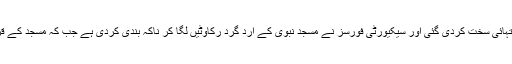
دھماکے کے بعد مدینہ منورہ میں سیکیورٹی انتہائی سخت کردی گئی اور سیکیورٹی فورسز نے مسجد نبوی کے ارد گرد رکاوٹیں لگا کر ناکہ بندی کردی ہے جب کہ مسجد کے قریب اسنیپ چیکنگ بھی شروع کردی گئی ہے۔